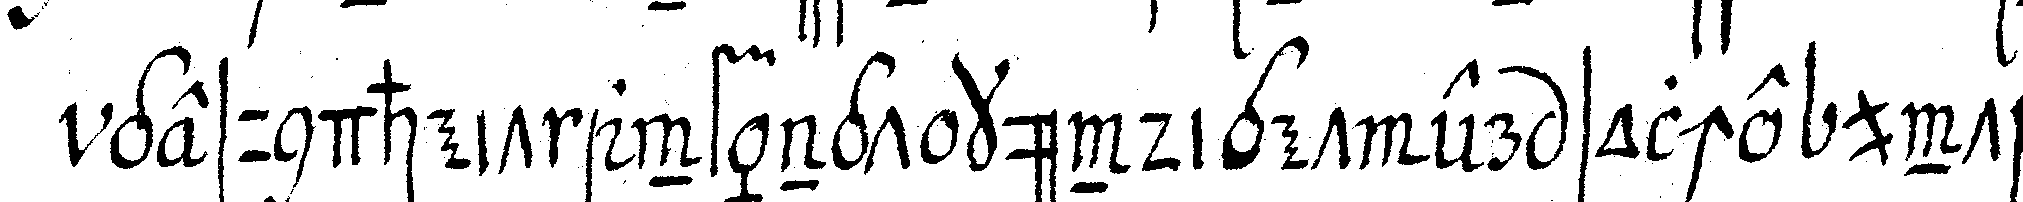
gesundheit anfängt kündiget er solche unter